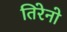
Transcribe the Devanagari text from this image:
तिरेनो